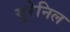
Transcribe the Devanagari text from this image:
युरेनिल